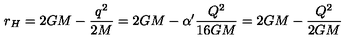
r _ { H } = 2 G M - \frac { q ^ { 2 } } { 2 M } = 2 G M - \alpha ^ { \prime } \frac { Q ^ { 2 } } { 1 6 G M } = 2 G M - \frac { Q ^ { 2 } } { 2 G M }